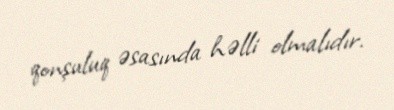
qonşuluq əsasında həlli olmalıdır.